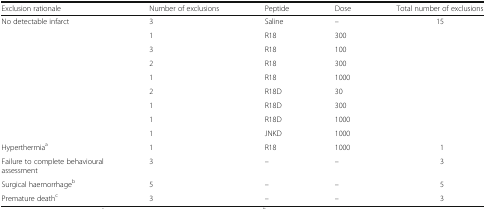
<table><thead><tr><td><b>Exclusion rationale</b></td><td><b>Number of exclusions</b></td><td><b>Peptide</b></td><td><b>Dose</b></td><td><b>Total number of exclusions</b></td></tr></thead><tbody><tr><td rowspan="9">No detectable infarct</td><td>3</td><td>Saline</td><td>–</td><td rowspan="9">15</td></tr><tr><td>1</td><td>R18</td><td>300</td></tr><tr><td>3</td><td>R18</td><td>100</td></tr><tr><td>2</td><td>R18</td><td>300</td></tr><tr><td>1</td><td>R18</td><td>1000</td></tr><tr><td>2</td><td>R18D</td><td>30</td></tr><tr><td>1</td><td>R18D</td><td>300</td></tr><tr><td>1</td><td>R18D</td><td>1000</td></tr><tr><td>1</td><td>JNKD</td><td>1000</td></tr><tr><td>Hyperthermia<sup>a</sup></td><td>1</td><td>R18</td><td>1000</td><td>1</td></tr><tr><td>Failure to complete behavioural assessment</td><td>3</td><td>–</td><td>–</td><td>3</td></tr><tr><td>Surgical haemorrhage<sup>b</sup></td><td>5</td><td>–</td><td>–</td><td>5</td></tr><tr><td>Premature death<sup>c</sup></td><td>3</td><td>–</td><td>–</td><td>3</td></tr></tbody></table>